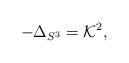
LaTeX: \begin{align*}-\Delta_{S^3}= {\mathcal K}^2,\end{align*}